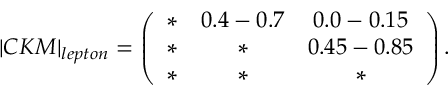
| C K M | _ { l e p t o n } = \left( \begin{array} { c c c } { { \ast } } & { { 0 . 4 - 0 . 7 } } & { { 0 . 0 - 0 . 1 5 } } \\ { { \ast } } & { { \ast } } & { { 0 . 4 5 - 0 . 8 5 } } \\ { { \ast } } & { { \ast } } & { { \ast } } \end{array} \right) .